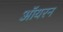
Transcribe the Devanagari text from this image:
ऑयरन